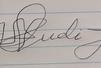
Signature authenticity: forged